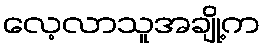
လေ့လာသူအချို့က